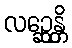
လဉ္ဆေန္တိ